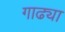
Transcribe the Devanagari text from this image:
गाढ्या